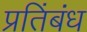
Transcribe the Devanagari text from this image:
प्रतिंबंध